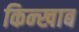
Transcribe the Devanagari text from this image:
किन्खाब